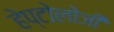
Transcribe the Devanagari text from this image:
हेप्टोलोजी